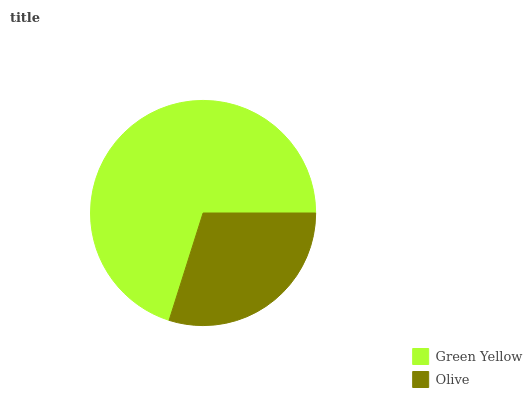
| Green Yellow | Olive |
 | --- | --- |
 | 70.1% | 29.9% |